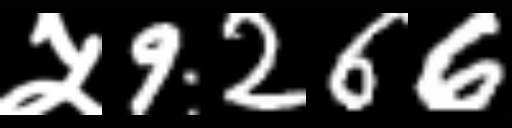
Text: ५9266